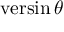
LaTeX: \operatorname { v e r s i n } \theta